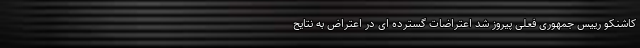
کاشنکو رییس جمهوری فعلی پیروز شد اعتراضات گسترده ای در اعتراض به نتایح